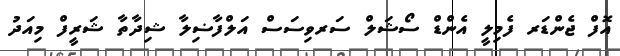
އޮފް ޖެންޑަރ ފެމިލީ އެންޑް ސޯޝަލް ސަރވިސަސް އަލްފާޟިލާ ޝިދާތާ ޝަރީފް މިއަދު